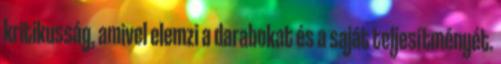
kritikusság, amivel elemzi a darabokat és a saját teljesítményét.